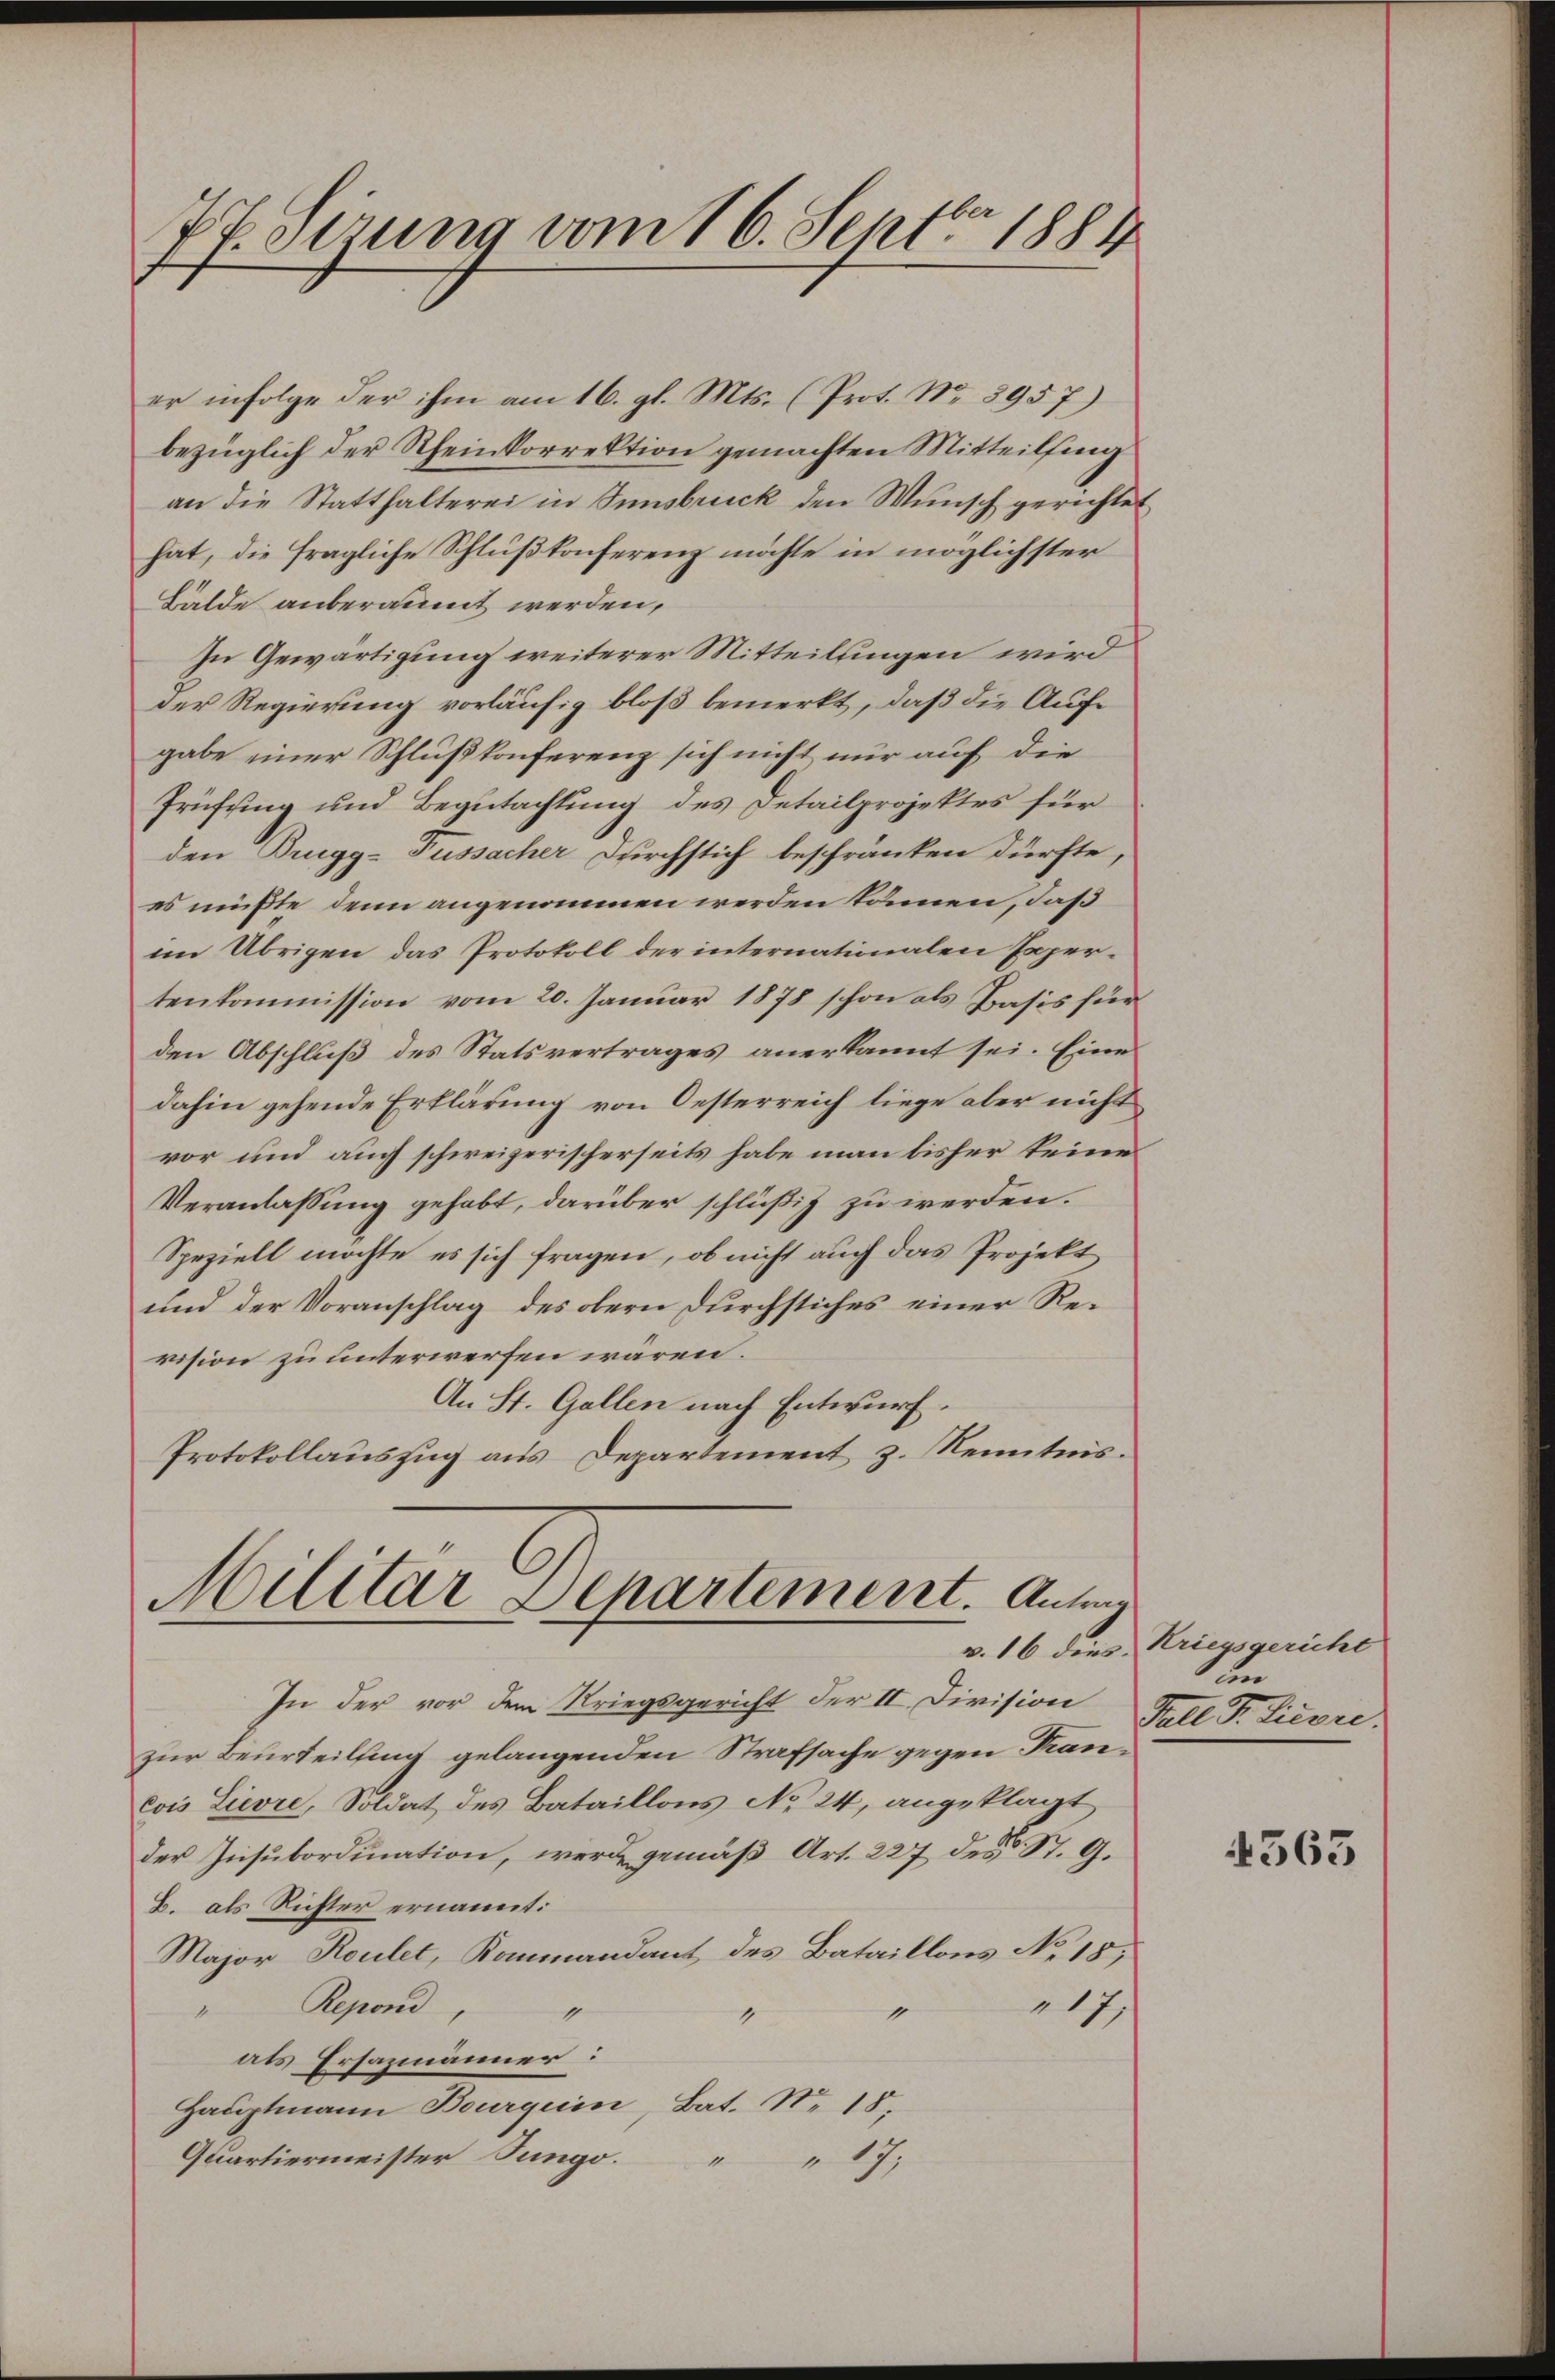
77. Sizung vom 16. Septbr. 1884
2

Militar Departement. Augen
v. 16 dies
In der vor dem Kriegsgericht der II Division

zur Beurteilung gelangenden Strafsache gegen Francois Lievre, Soldat des Bataillons No 24, angeklagt
der Insubordination, werde gemäß Art. 227 des St. G.
B. als Richter ernannt:
Major Roulet, Kommandant des Bataillons No 18,
" Repond,
1
1
4
als Ersazmänner:
Hauptmann Bourquin, Bat. No. 18,
Quartiermeister Sungo.
1
" 17,

er infolge der ihm am 16. gl. Mts. (Prot. No. 8957)
bezüglich der Rheinkorrektion gemachten Mitteilfing
an die Statthalterei in Innsbruck den Wunsch gerichtet
hat, die fragliche Schlußkonferenz möchte in möglichster
Bälde anberaumt werden,
In Gewärtigung weiterer Mitteilungen wird
der Regierung vorläufig bloß bemerkt, daß die Aufgabe einer Schlußkonferenz sich nicht nur auf die
Prüfung und Begutachtung des Detailprojektes für
den Brugg-Fussacher Durchstich beschränken dürfte,
es müßte, denn angenommen werden können, daß
im Übrigen das Protokoll der internationalen Expertenkommission vom 20. Januar 1878 schon als Prasis für
den Abschluß des Statsvertrages anerkannt sei. Eine
dahin gehende Erklärung von Oesterreich liege aber nicht
vor und auch schweizerischerseits habe man bisher keine
Veranlassung gehabt, darüber schlüßig zu werden.
Speziell möchte es sich fragen, ob nicht auch das Projekt
und der Voranschlag des obern durchstiches einer Revision zu unterwerfen wären.
An St. Gallen nach Entwurf.
Protokollauszug aus Departement z. Kenntnis.

17;

Kriegsgericht
un
Fall P. Livre

4563